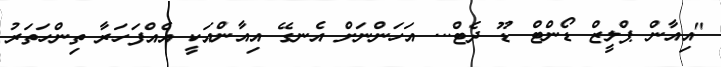
"އިއާން ޕްލީޒް ޑޯންޓް ޑޫ ދެޓް... އަހަންނަށް އެނގޭ އިއާންއަކީ އެއްފަހަރާ ތިންހަތަރު